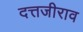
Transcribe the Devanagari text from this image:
दत्तजीराव